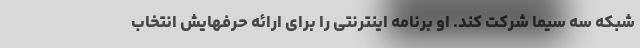
شبکه سه سیما شرکت کند. او برنامه اینترنتی را برای ارائه حرفهایش انتخاب